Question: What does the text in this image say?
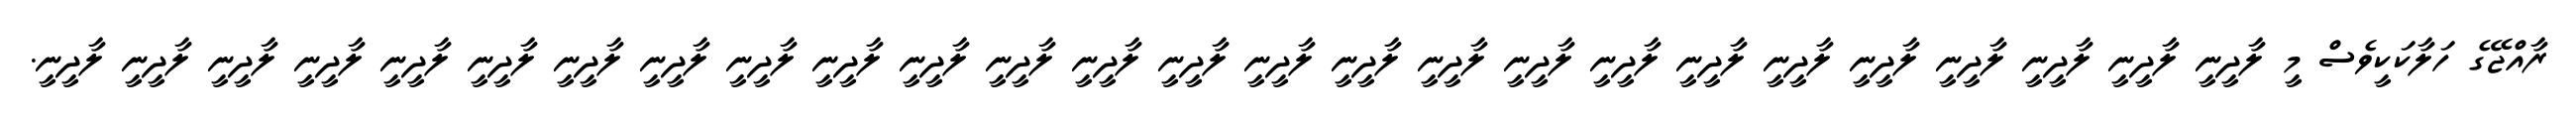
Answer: ރާއްޖޭގެ ހަލާކަކީވެސް މީ ލާދީނީ ލާދީނީ ލާދީނީ ލާދީނީ ލާދީނީ ލާދީނީ ލާދީނީ ލާދީނީ ލާދީނީ ލާދީނީ ލާދީނީ ލާދީނީ ލާދީނީ ލާދީނީ ލާދީނީ ލާދީނީ ލާދީނީ ލާދީނީ ލާދީނީ ލާދީނީ ލާދީނީ ލާދީނީ ލާދީނީ ލާދީނީ ލާދީނީ ލާދީނީ.